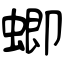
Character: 蝍